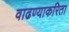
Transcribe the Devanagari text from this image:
वाढण्याकरिता